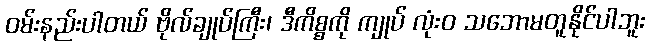
ဝမ်းနည်းပါတယ် ဗိုလ်ချုပ်ကြီး၊ ဒီကိစ္စကို ကျုပ် လုံးဝ သဘောမတူနိုင်ပါဘူး